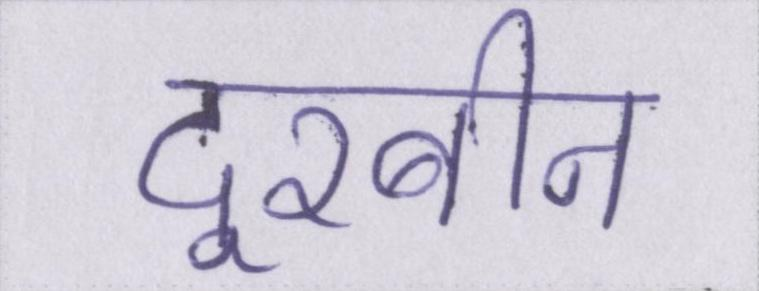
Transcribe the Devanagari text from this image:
दूरबीन